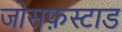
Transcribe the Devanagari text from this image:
जोसफ़स्टाड